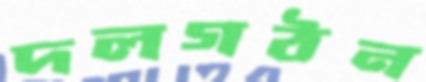
দলগঠন